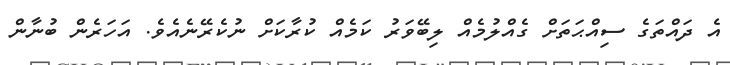
އެ ދައްތަގެ ސިއްޙަތަށް ގެއްލުމެއް ލިބޭވަރު ކަމެއް ކުރާކަށް ނުކެރޭނެއެވެ. އަހަރެން ބުނާން